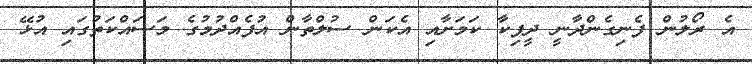
އެ ރޯލުން ފެނިގެންދާނީ ދީޕިކާ ކަމަށާއި އެކަން ސުލްތާން އުފެއްދުމުގެ މަސައްކަތުގައި އުޅޭ